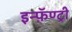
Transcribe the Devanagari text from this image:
इन्फ़ॅण्ट्री